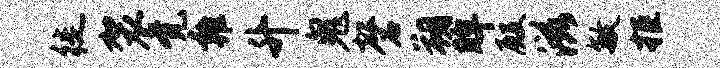
徙袈觉雍升鬼磬朔眸殿滋敏拒